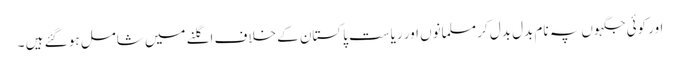
اور کوئی جگہوں پہ نام بدل بدل کر مسلمانوں اور ریاست پاکستان کے خلاف اگلنے میں شامل ہو گئے ہیں ۔